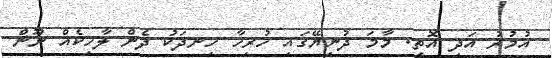
އުމުރު އަދި އޮތީ. މާމަ ދުނިޔޭގައި ހުރިހާ ހިނދަކު ދެން ލާހިކެއް ނޫން